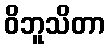
ဝိဘူသိတာ